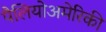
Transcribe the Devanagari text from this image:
पैलियोअमेरिकी